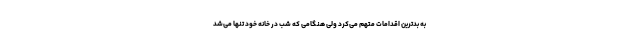
به بدترین اقدامات متهم می‌کرد ولی هنگامی که شب در خانه خود تنها می‌شد